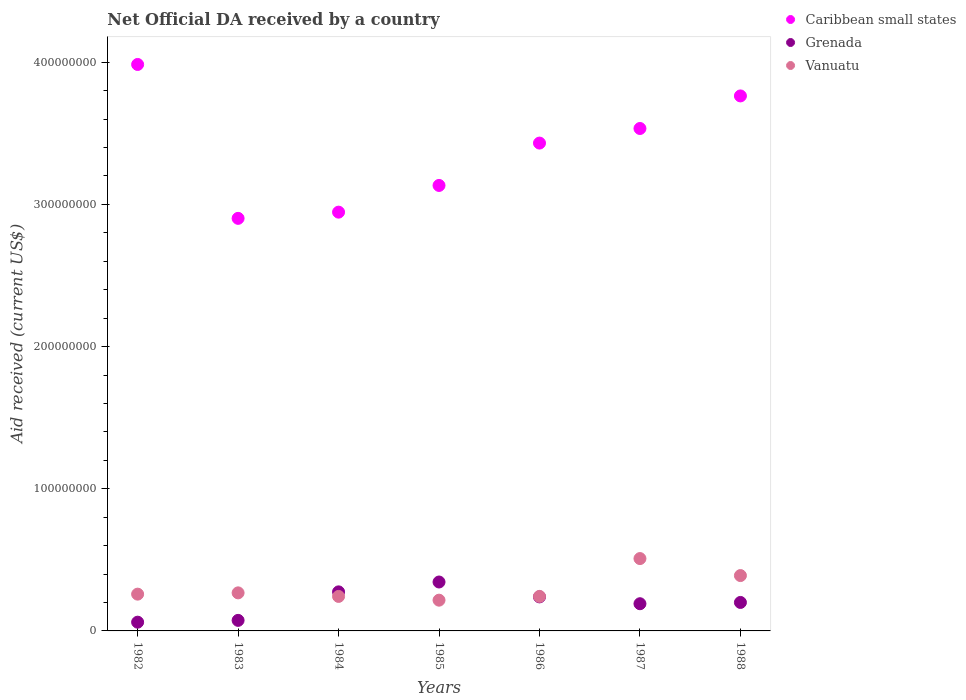
| Years | Caribbean small states | Grenada | Vanuatu |
 | --- | --- | --- | --- |
 | 1982 | 3.98e+08 | 6.15e+06 | 2.59e+07 |
 | 1983 | 2.9e+08 | 7.42e+06 | 2.68e+07 |
 | 1984 | 2.95e+08 | 2.75e+07 | 2.43e+07 |
 | 1985 | 3.13e+08 | 3.44e+07 | 2.16e+07 |
 | 1986 | 3.43e+08 | 2.39e+07 | 2.43e+07 |
 | 1987 | 3.53e+08 | 1.91e+07 | 5.09e+07 |
 | 1988 | 3.76e+08 | 2e+07 | 3.89e+07 |